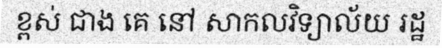
ខ្ពស់ ជាង គេ នៅ សាកលវិទ្យាល័យ រដ្ឋ